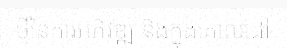
ថ្មីនៃការអភិវឌ្ឍ និងក្នុងគោលដៅ